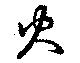
火